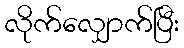
လိုက်လျှောက်ပြီး